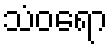
သံဝရော